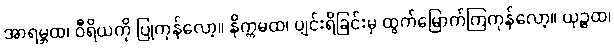
အာရမ္ဘထ၊ ဝီရိယကို ပြုကုန်လော့။ နိက္ကမထ၊ ပျင်းရိခြင်းမှ ထွက်မြောက်ကြကုန်လော့။ ယုဉ္ဇထ၊